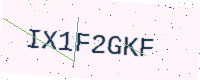
Text: IX1F2GKF